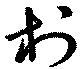
村